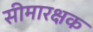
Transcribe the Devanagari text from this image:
सीमारक्षक